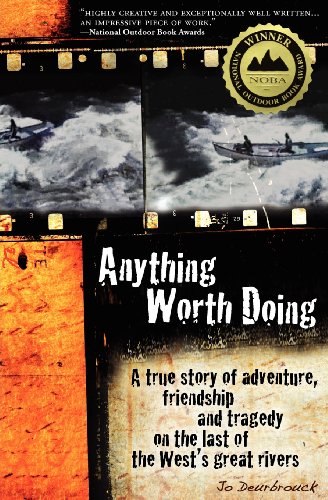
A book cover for Anything Worth Doing: A True Story of Adventure, Friendship and Tragedy on the Last of the West's Great Rivers; Jo Deurbrouck; Sports & Outdoors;